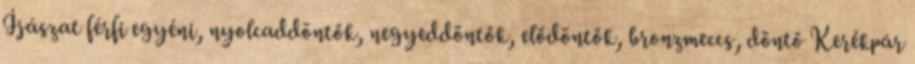
Íjászat férfi egyéni, nyolcaddöntők, negyeddöntők, elődöntők, bronzmeccs, döntő Kerékpár